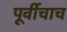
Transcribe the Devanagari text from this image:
पूर्वीचाच